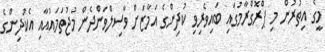
މީގެ އިތުރުން މި ޕްރޮގްރާމުގައި ބައިވެރިވި ކުދިންގެ އަމާޒަށް ވާސިލްވަންދެން މުޖުތަމައުއާއި އެކުދިންގެ